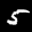
Label: 5